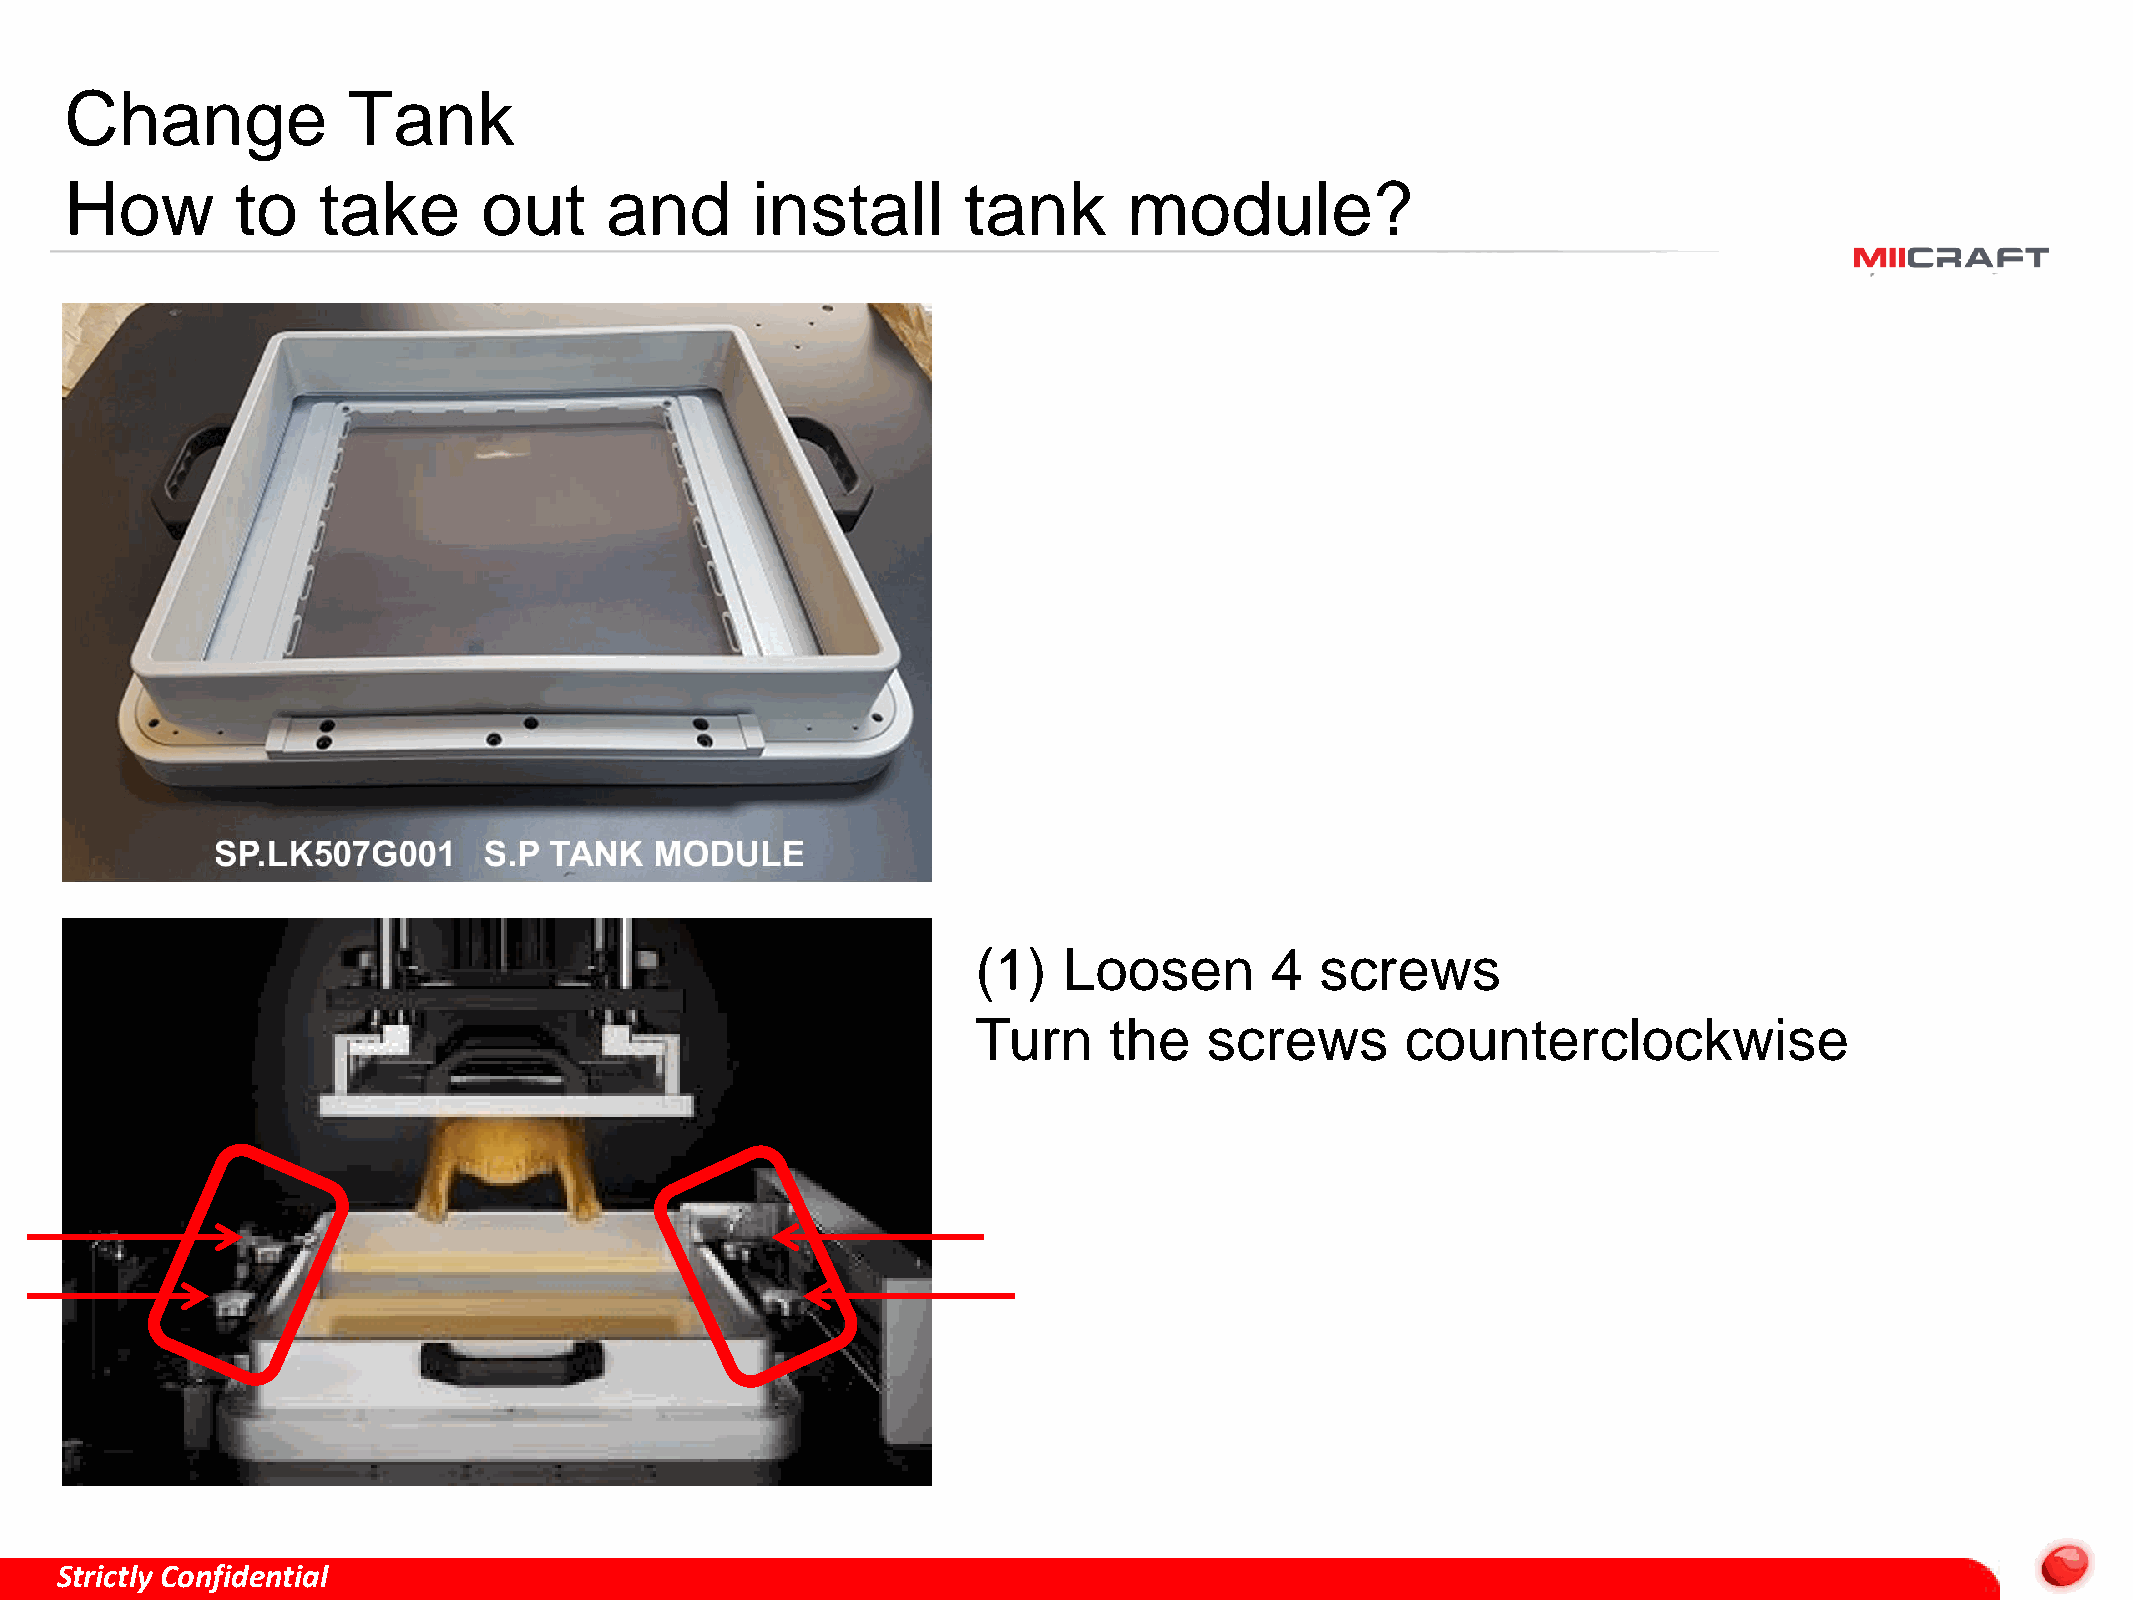
Change             Tank
 How         to   take       out     and       install       tank       module?
 (1)  Loosen        4  screws
 Turn    the    screws       counterclockwise
 Strictly Confidential